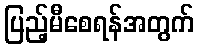
ပြည့်မီစေရန်အတွက်